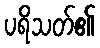
ပရိသတ်၏